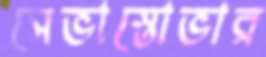
সেভাস্তোভার